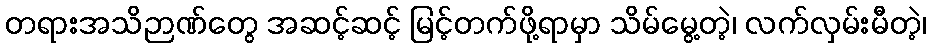
တရားအသိဉာဏ်တွေ အဆင့်ဆင့် မြင့်တက်ဖို့ရာမှာ သိမ်မွေ့တဲ့၊ လက်လှမ်းမီတဲ့၊